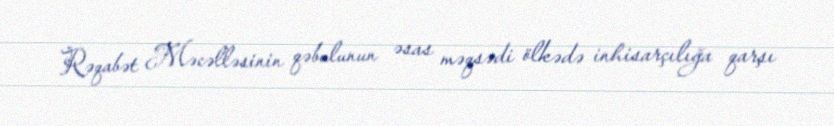
Rəqabət Məcəlləsinin qəbulunun əsas məqsədi ölkədə inhisarçılığa qarşı